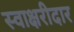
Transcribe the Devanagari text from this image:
स्वाक्षरीदार